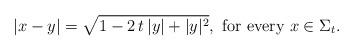
LaTeX: \begin{align*}|x-y|=\sqrt{1-2\, t\,|y|+|y|^2},\mbox{ for every } x\in \Sigma_t.\end{align*}